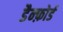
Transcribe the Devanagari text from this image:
डैन्फ़ोर्ड